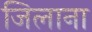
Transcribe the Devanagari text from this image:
जिलाना